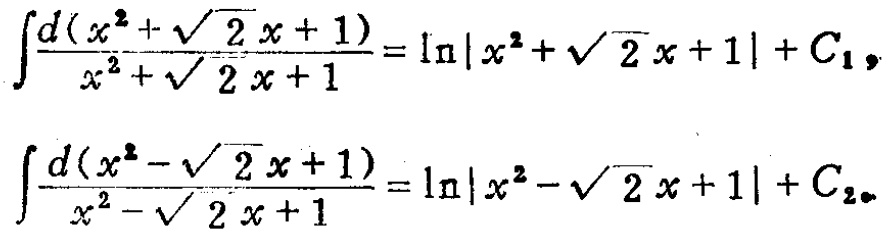
\[\begin{align*}
\int\frac{d(x^{2}+\sqrt{2}x + 1)}{x^{2}+\sqrt{2}x + 1}&=\ln|x^{2}+\sqrt{2}x + 1|+C_{1},\\
\int\frac{d(x^{2}-\sqrt{2}x + 1)}{x^{2}-\sqrt{2}x + 1}&=\ln|x^{2}-\sqrt{2}x + 1|+C_{2}.
\end{align*}\]